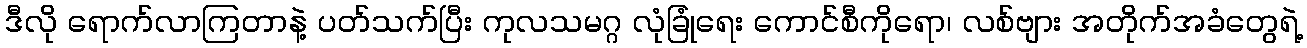
ဒီလို ရောက်လာကြတာနဲ့ ပတ်သက်ပြီး ကုလသမဂ္ဂ လုံခြုံရေး ကောင်စီကိုရော၊ လစ်ဗျား အတိုက်အခံတွေရဲ့